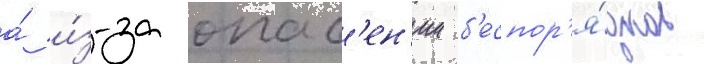
а́ и́з-за опас'ен'ии б'еспор'я́дков